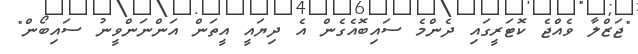
"ޖަޒްލާ ވެއްޖެ ކޮޓަރީގައި ދެންމެ ސައިބޮއެގެން އެ ދިޔައީ އީތަން އަންނަންވީނު ސައިބޯން"